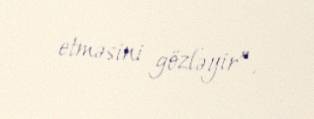
etməsini gözləyir”.